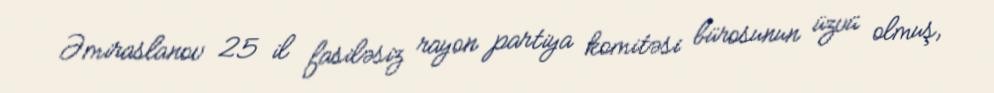
Əmiraslanov 25 il fasiləsiz rayon partiya komitəsi bürosunun üzvü olmuş,